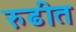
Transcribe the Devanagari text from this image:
रुढीत